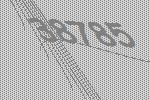
38785